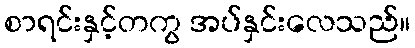
စာရင်းနှင့်တကွ အပ်နှင်းလေသည်။